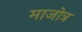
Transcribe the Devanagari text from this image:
माजोत्र